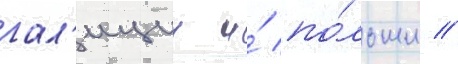
гал'иции и́ по́льши /